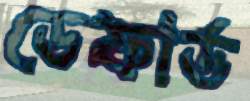
ডেফার্ড